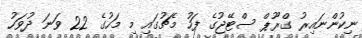
ނިކުންނައިރު ގްރޫޕް ސްޓޭޖުގެ ފަހު މެޗުގައި މި މަހުގެ 22 ވަނަ ދުވަހު